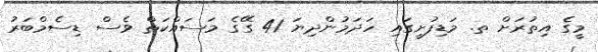
މީގެ އިތުރަށް ތ. މަޑިފުށީގައި ހަދަމުންދިޔަ 41 ގޭގެ މަސައްކަތް ވެސް ޑިސެމްބަރު